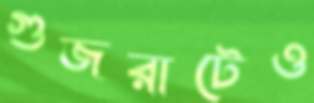
গুজরাটেও